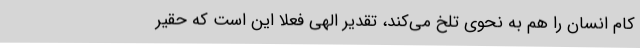
کام انسان را هم به نحوی تلخ می‌کند، تقدیر الهی فعلاً این است که حقیر